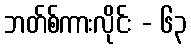
ဘတ်စ်ကားလိုင်း - ၆၃